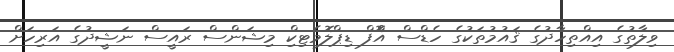
ވިލާތުގެ އިއްތިހާދުގެ ޤައުމުތަކުގެ ހެޑްސް އޮްފް ޑިިޕްލޮމެޓިކިް މިޝަންސް ރައީސް ނަޝީދުގެ އަރިހަށް